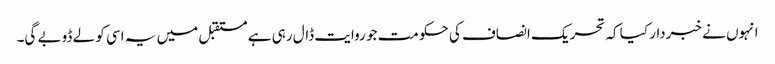
انہوں نے خبردار کیا کہ تحریک انصاف کی حکومت جو روایت ڈال رہی ہے مستقبل میں یہ اسی کو لے ڈوبے گی۔